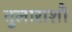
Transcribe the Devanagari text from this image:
तुलाराशौ